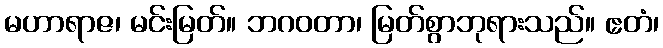
မဟာရာဇ၊ မင်းမြတ်။ ဘဂဝတာ၊ မြတ်စွာဘုရားသည်။ ဧတံ၊